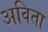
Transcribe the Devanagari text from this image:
अविता